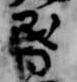
昏